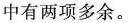
中有两项多余.